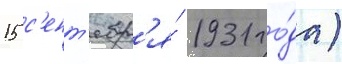
15 с'ент'ябр'я́ 1931 го́да)